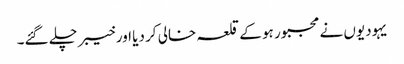
یہودیوں نے مجبور ہو کے قلعہ خالی کر دیا اور خیبر چلے گئے۔